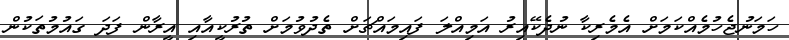
ހަމަނުޖެހުމެއްކަމަށް އެމެރިކާ ނުދެކޭއިރު އަމިއްލަ ފައިމައްޗަށް ތެދުވުމަށް ތުރުކީއާއި އީރާން ފަދަ ގައުމުތަކުން